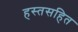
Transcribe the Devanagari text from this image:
हस्तसहित